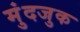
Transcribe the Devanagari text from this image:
मुंदजुक